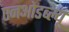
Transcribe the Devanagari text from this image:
एनओडब्ल्यू